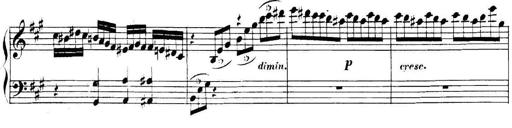
Title: Collected Piano Sonatas
Composer: Muzio Clementi